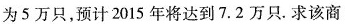
为5万只，预计2015年将达到7.2万只。求该